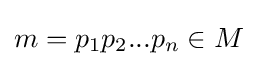
m=p_{1}p_{2}...p_{n}\in M